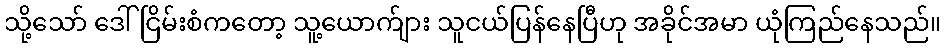
သို့သော် ဒေါ်ငြိမ်းစံကတော့ သူ့ယောက်ျား သူငယ်ပြန်နေပြီဟု အခိုင်အမာ ယုံကြည်နေသည်။